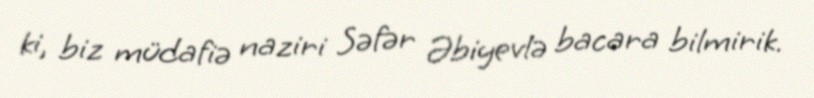
ki, biz müdafiə naziri Səfər Əbiyevlə bacara bilmirik.